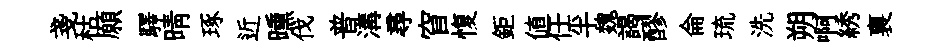
戔枯願驛晴琢近曛伐普溝尋窅愎鉅值任半魏謁醪侖琉洗朔啊綉裏